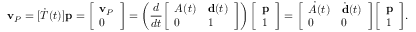
\mathbf { v } _ { P } = [ { \dot { T } } ( t ) ] \mathbf { p } = { \left[ \begin{array} { l } { \mathbf { v } _ { P } } \\ { 0 } \end{array} \right] } = \left( { \frac { d } { d t } } { \left[ \begin{array} { l l } { A ( t ) } & { \mathbf { d } ( t ) } \\ { 0 } & { 1 } \end{array} \right] } \right) { \left[ \begin{array} { l } { \mathbf { p } } \\ { 1 } \end{array} \right] } = { \left[ \begin{array} { l l } { { \dot { A } } ( t ) } & { { \dot { \mathbf { d } } } ( t ) } \\ { 0 } & { 0 } \end{array} \right] } { \left[ \begin{array} { l } { \mathbf { p } } \\ { 1 } \end{array} \right] } .